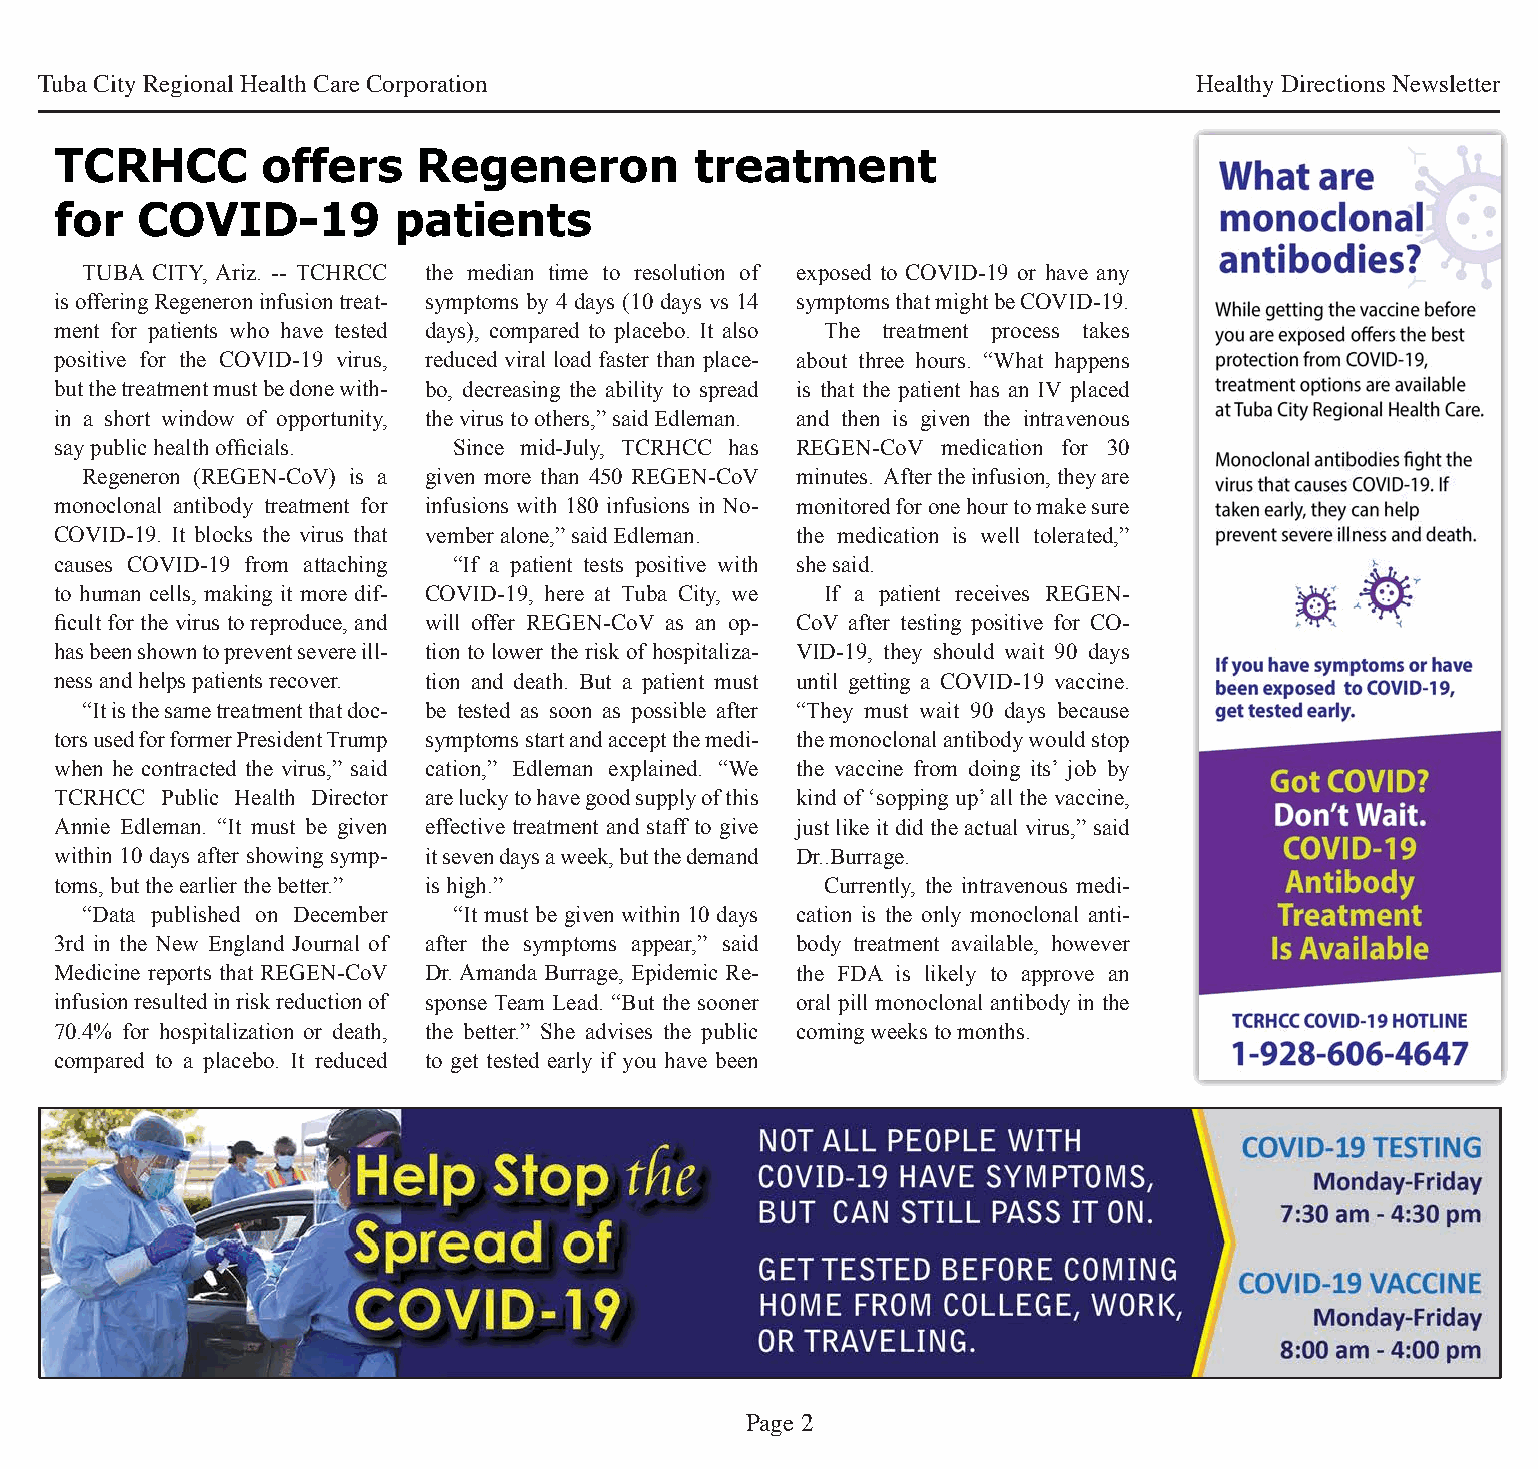
Tuba City Regional Health Care Corporation                                   Healthy Directions Newsletter
 TCRHCC       offers     Regeneron         treatment
 for  COVID-19         patients
 TUBA CITY, Ariz. -- TCHRCC the median time to resolution of exposed to COVID-19 or have any
 is offering Regeneron infusion treat- symptoms by 4 days (10 days vs 14 symptoms that might be COVID-19.
 ment for patients who have tested days), compared to placebo. It also The treatment process takes
 positive for the COVID-19 virus, reduced viral load faster than place- about three hours. “What happens
 but the treatment must be done with- bo, decreasing the ability to spread is that the patient has an IV placed
 in a short window of opportunity, the virus to others,” said Edleman. and then is given the intravenous
 say public health officials. Since mid-July, TCRHCC has REGEN-CoV medication for 30
 Regeneron (REGEN-CoV) is a given more than 450 REGEN-CoV minutes. After the infusion, they are
 monoclonal antibody treatment for infusions with 180 infusions in No- monitored for one hour to make sure
 COVID-19. It blocks the virus that vember alone,” said Edleman. the medication is well tolerated,”
 causes COVID-19 from attaching “If a patient tests positive with she said.
 to human cells, making it more dif- COVID-19, here at Tuba City, we If a patient receives REGEN-
 ficult for the virus to reproduce, and will offer REGEN-CoV as an op- CoV after testing positive for CO-
 has been shown to prevent severe ill- tion to lower the risk of hospitaliza- VID-19, they should wait 90 days
 ness and helps patients recover. tion and death. But a patient must until getting a COVID-19 vaccine.
 “It is the same treatment that doc- be tested as soon as possible after “They must wait 90 days because
 tors used for former President Trump symptoms start and accept the medi- the monoclonal antibody would stop
 when he contracted the virus,” said cation,” Edleman explained. “We the vaccine from doing its’ job by
 TCRHCC Public Health Director are lucky to have good supply of this kind of ‘sopping up’ all the vaccine,
 Annie Edleman. “It must be given effective treatment and staff to give just like it did the actual virus,” said
 within 10 days after showing symp- it seven days a week, but the demand Dr..Burrage.
 toms, but the earlier the better.” is high.”       Currently, the intravenous medi-
 “Data published on December “It must be given within 10 days cation is the only monoclonal anti-
 3rd in the New England Journal of after the symptoms appear,” said body treatment available, however
 Medicine reports that REGEN-CoV Dr. Amanda Burrage, Epidemic Re- the FDA is likely to approve an
 infusion resulted in risk reduction of sponse Team Lead. “But the sooner oral pill monoclonal antibody in the
 70.4% for hospitalization or death, the better.” She advises the public coming weeks to months.
 compared to a placebo. It reduced to get tested early if you have been
 Page 2